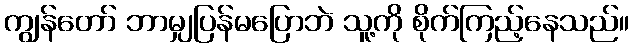
ကျွန်တော် ဘာမျှပြန်မပြောဘဲ သူ့ကို စိုက်ကြည့်နေသည်။